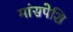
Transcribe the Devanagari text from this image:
मांसपेशि